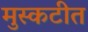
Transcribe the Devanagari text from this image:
मुस्कटीत